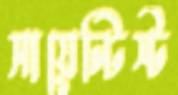
সায়েন্টিস্ট